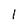
Character: l